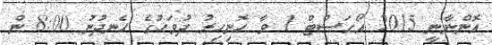
އޮންނާނީ 2015 އޯގަސްޓް 1 ވާ ހޮނިހިރު ދުވަހުގެ ހެނދުނު 8:00 ން